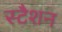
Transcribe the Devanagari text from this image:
स्टैशन